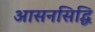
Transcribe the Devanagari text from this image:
आसनसिद्धि